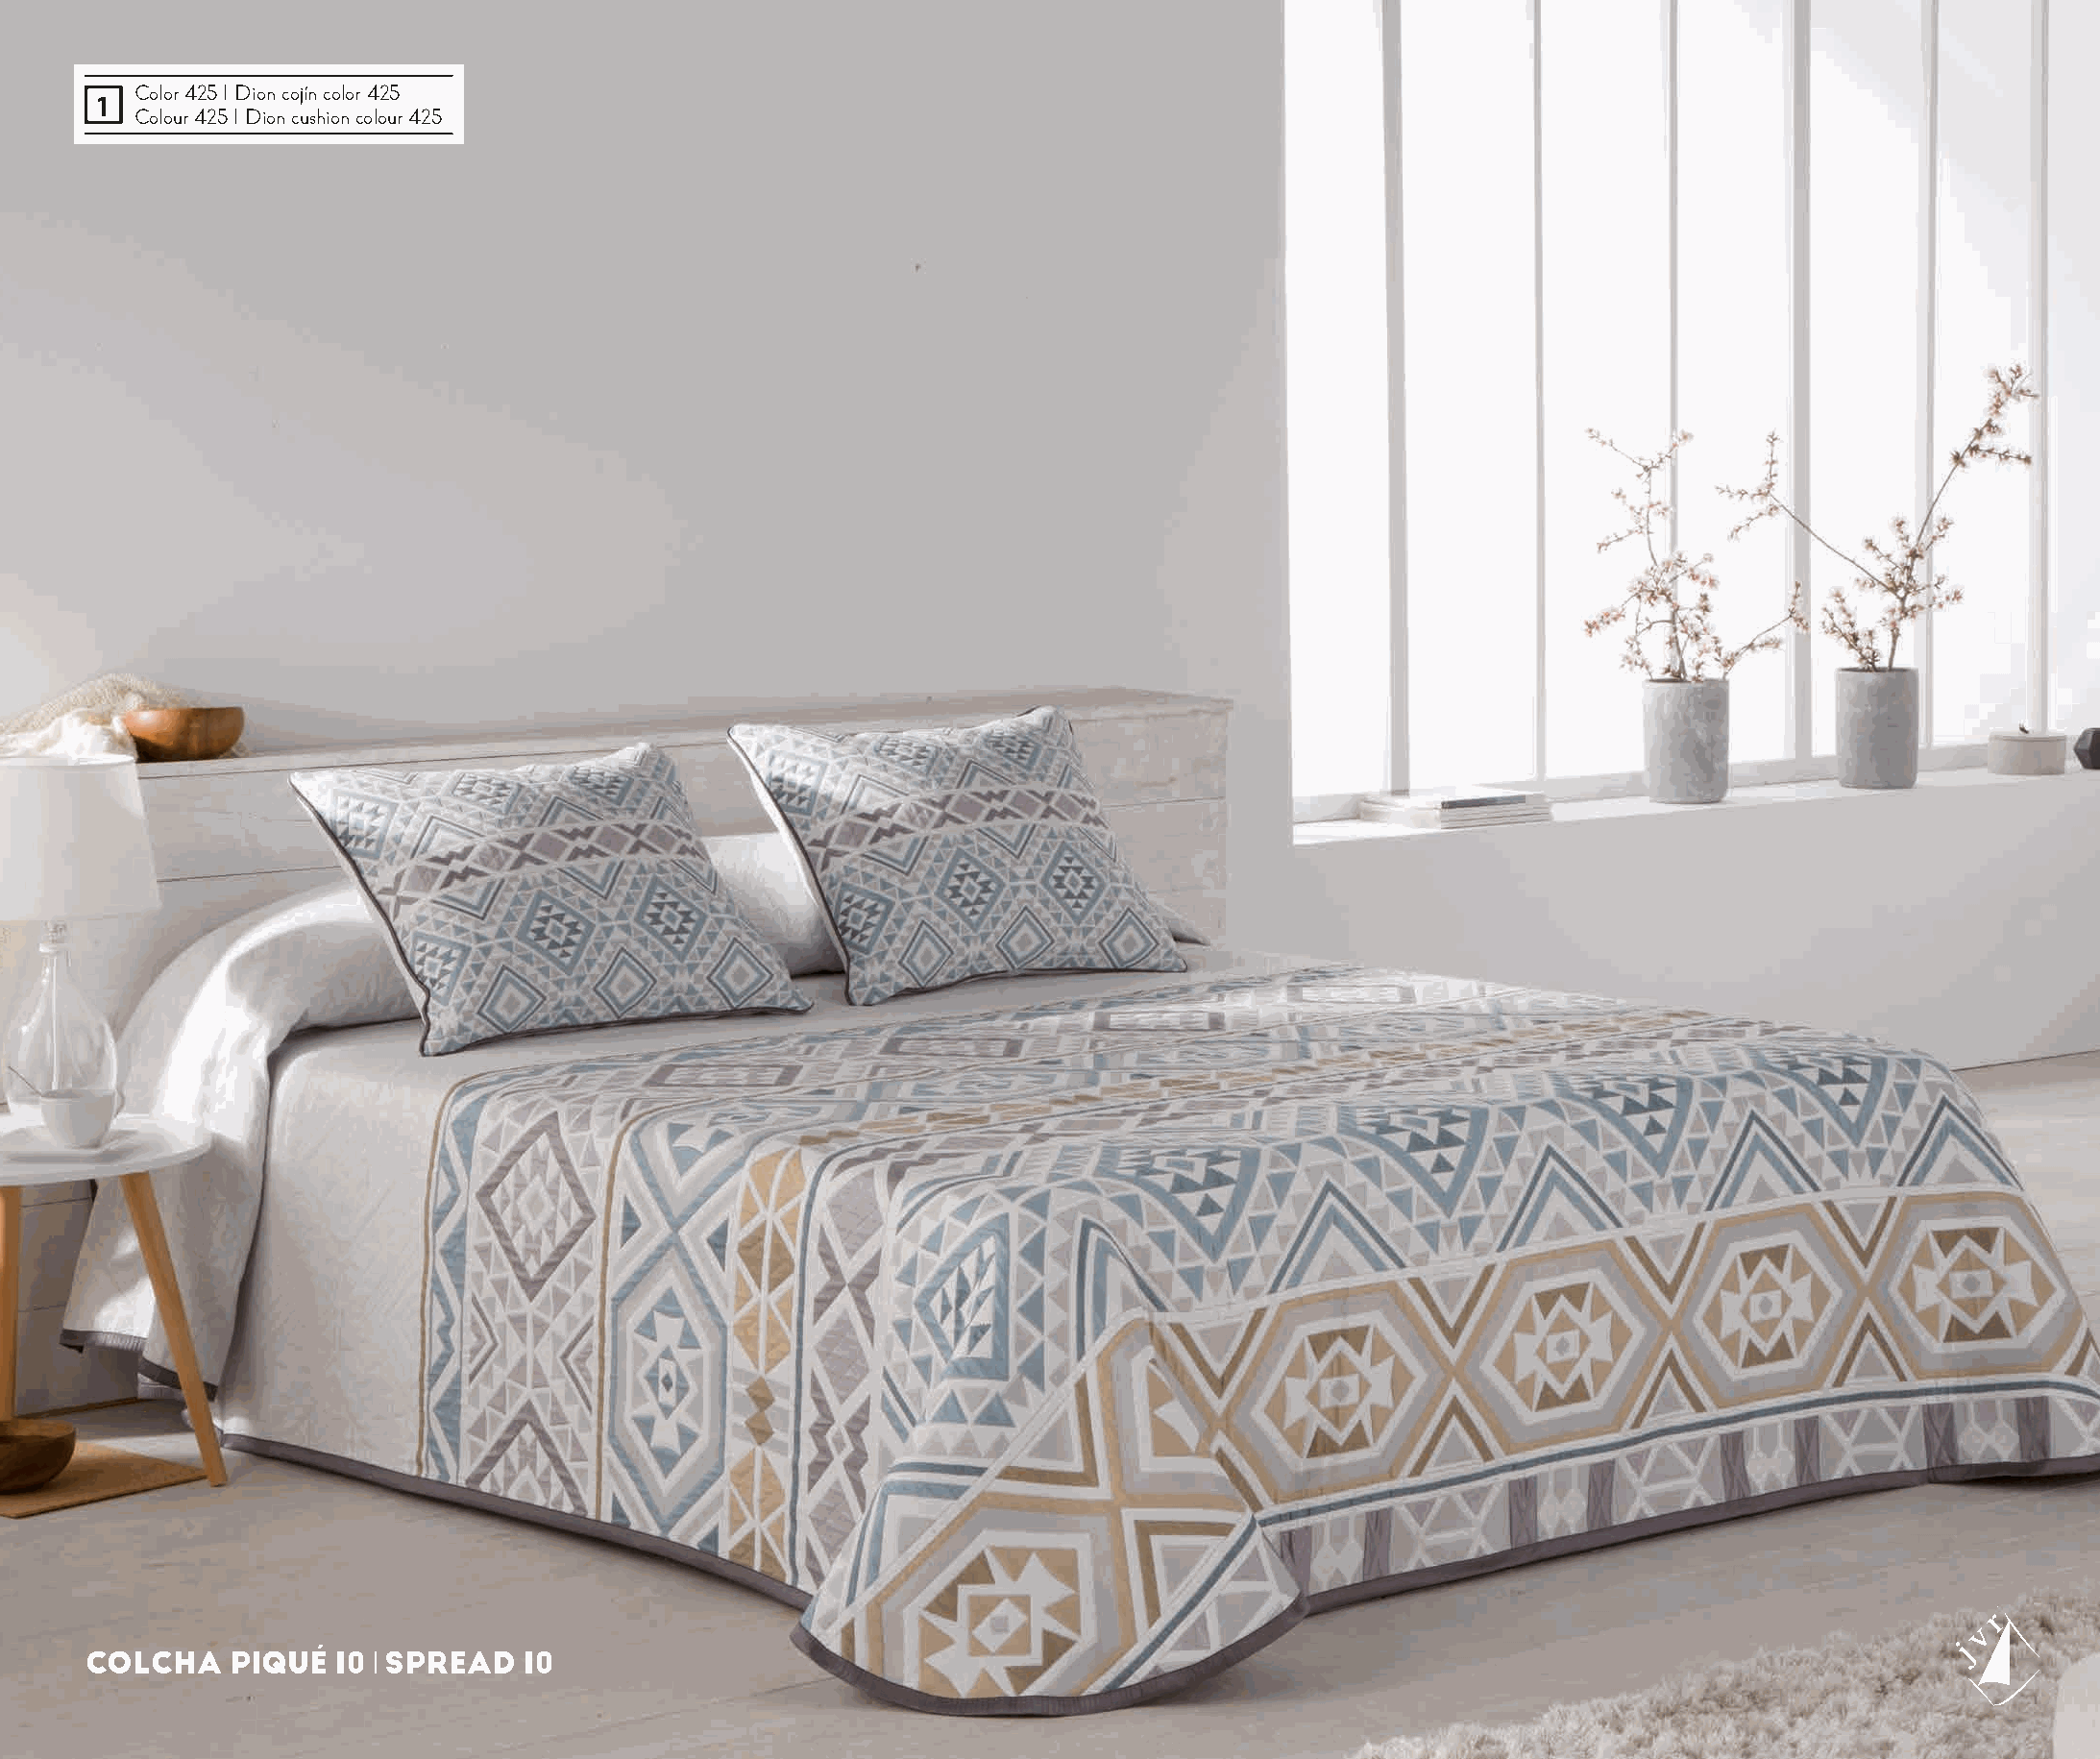
Color 425 I Dion cojín color 425
 1
 Colour 425 I Dion cushion colour 425
 COLCHA    PIQUÉ  10 l SPREAD  10